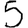
Digit: 5